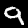
Label: 9